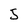
Character: 5